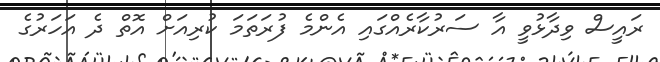
ރައީސް ވިދާޅުވީ އާ ސަރުކާރެއްގައި އެންމެ ފުރަތަމަ ކުރިއަށް އޮތް ދެ އަހަރުގެ